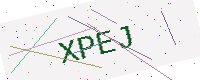
Text: XPEJ